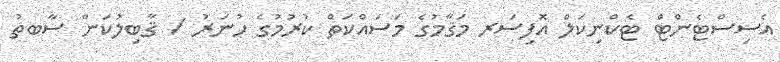
އެސިސްޓެންޓް ޓެކްނިކަލް އޮފިސަރ މަޤާމުގެ މަސައްކަތް ކުރުމުގެ ހުނަރު / ޤާބިލުކަން ސާބތު